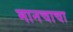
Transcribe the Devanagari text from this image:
मानचाचा